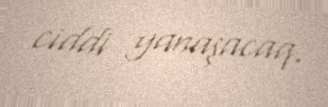
ciddi yanaşacaq.